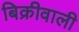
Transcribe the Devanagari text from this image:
बिक्रीवाली